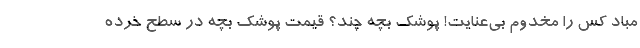
مباد کس را مخدوم بی‌عنایت! پوشک بچه چند؟ قیمت پوشک بچه در سطح خرده